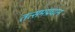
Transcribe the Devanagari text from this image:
तत्समप्रधान